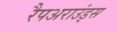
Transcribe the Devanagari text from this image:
रैपअराउंड्स